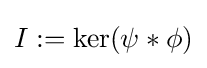
I:=\ker({\psi }*{\phi })